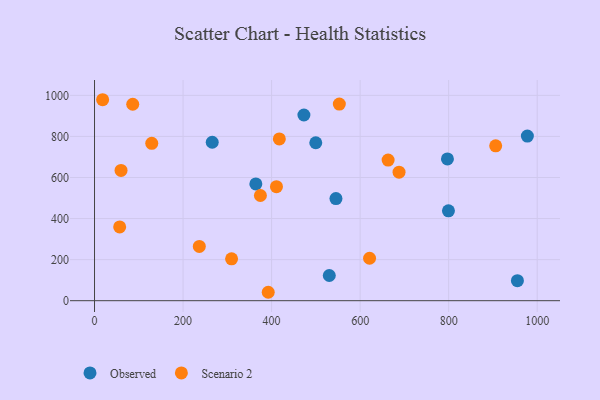
{"axis": {"x": "Price", "y": "Salary"}, "legend": ["Observed", "Scenario 2"], "data": [{"x": "530.3", "y": 122.6, "type": "Observed"}, {"x": "799.5", "y": 437.8, "type": "Observed"}, {"x": "545.4", "y": 497.2, "type": "Observed"}, {"x": "797.2", "y": 690.4, "type": "Observed"}, {"x": "473.0", "y": 904.3, "type": "Observed"}, {"x": "364.4", "y": 568.5, "type": "Observed"}, {"x": "955.3", "y": 97.7, "type": "Observed"}, {"x": "499.8", "y": 769.2, "type": "Observed"}, {"x": "265.9", "y": 771.7, "type": "Observed"}, {"x": "977.8", "y": 801.8, "type": "Observed"}, {"x": "86.3", "y": 956.7, "type": "Scenario 2"}, {"x": "129.3", "y": 766.2, "type": "Scenario 2"}, {"x": "236.7", "y": 264.1, "type": "Scenario 2"}, {"x": "309.6", "y": 203.9, "type": "Scenario 2"}, {"x": "663.2", "y": 684.7, "type": "Scenario 2"}, {"x": "374.7", "y": 512.4, "type": "Scenario 2"}, {"x": "621.3", "y": 206.7, "type": "Scenario 2"}, {"x": "906.2", "y": 754.3, "type": "Scenario 2"}, {"x": "18.3", "y": 978.7, "type": "Scenario 2"}, {"x": "417.5", "y": 787.9, "type": "Scenario 2"}, {"x": "392.4", "y": 41.0, "type": "Scenario 2"}, {"x": "56.8", "y": 359.1, "type": "Scenario 2"}, {"x": "59.9", "y": 634.2, "type": "Scenario 2"}, {"x": "687.9", "y": 625.8, "type": "Scenario 2"}, {"x": "553.0", "y": 957.6, "type": "Scenario 2"}, {"x": "411.0", "y": 555.4, "type": "Scenario 2"}]}